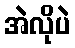
အဲလိုပဲ